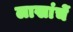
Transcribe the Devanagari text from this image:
लाखांचें